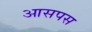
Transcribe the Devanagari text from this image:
आसपस